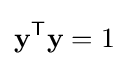
\mathbf {y} ^{\mathsf {T}}\mathbf {y} =1